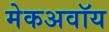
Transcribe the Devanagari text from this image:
मेकअवॉय